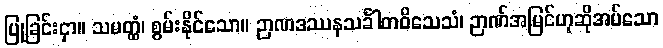
ပြုခြင်းငှာ။ သမတ္ထံ၊ စွမ်းနိုင်သော။ ဉာဏဒဿနသင်္ခါတဝိသေသံ၊ ဉာဏ်အမြင်ဟုဆိုအပ်သော